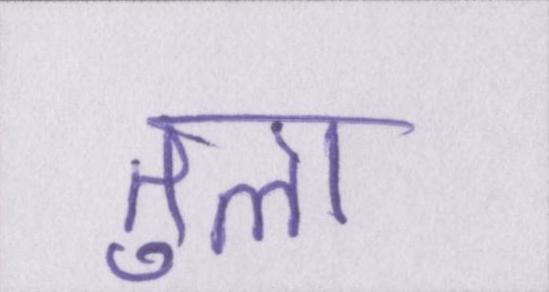
तुला